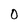
Character: 0